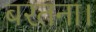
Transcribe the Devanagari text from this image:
बरतना।